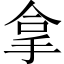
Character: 拿